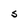
Character: S